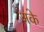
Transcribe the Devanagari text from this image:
अके